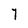
Character: 7